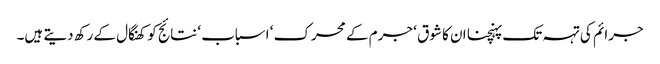
جرائم کی تہہ تک پہنچنا ان کا شوق ‘ جرم کے محرک ‘ اسباب ‘ نتائج کو کھنگال کے رکھ دیتے ہیں۔